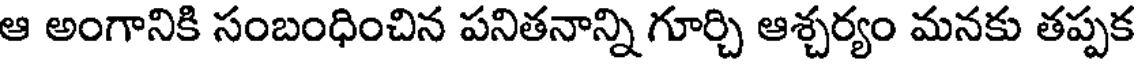
ఆ అంగానికి సంబంధించిన పనితనాన్ని గూర్చి ఆశ్చర్యం మనకు తప్పక